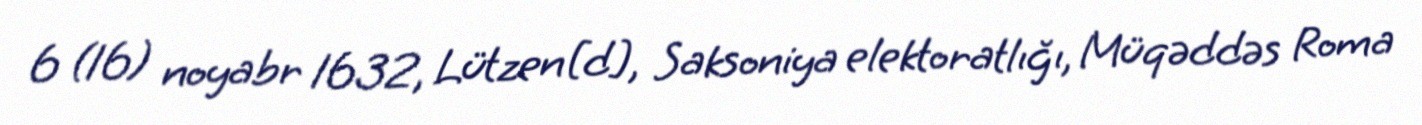
6 (16) noyabr 1632, Lützen[d], Saksoniya elektoratlığı, Müqəddəs Roma